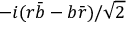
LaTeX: - i ( r { \bar { b } } - b { \bar { r } } ) / { \sqrt { 2 } }